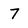
Character: 7